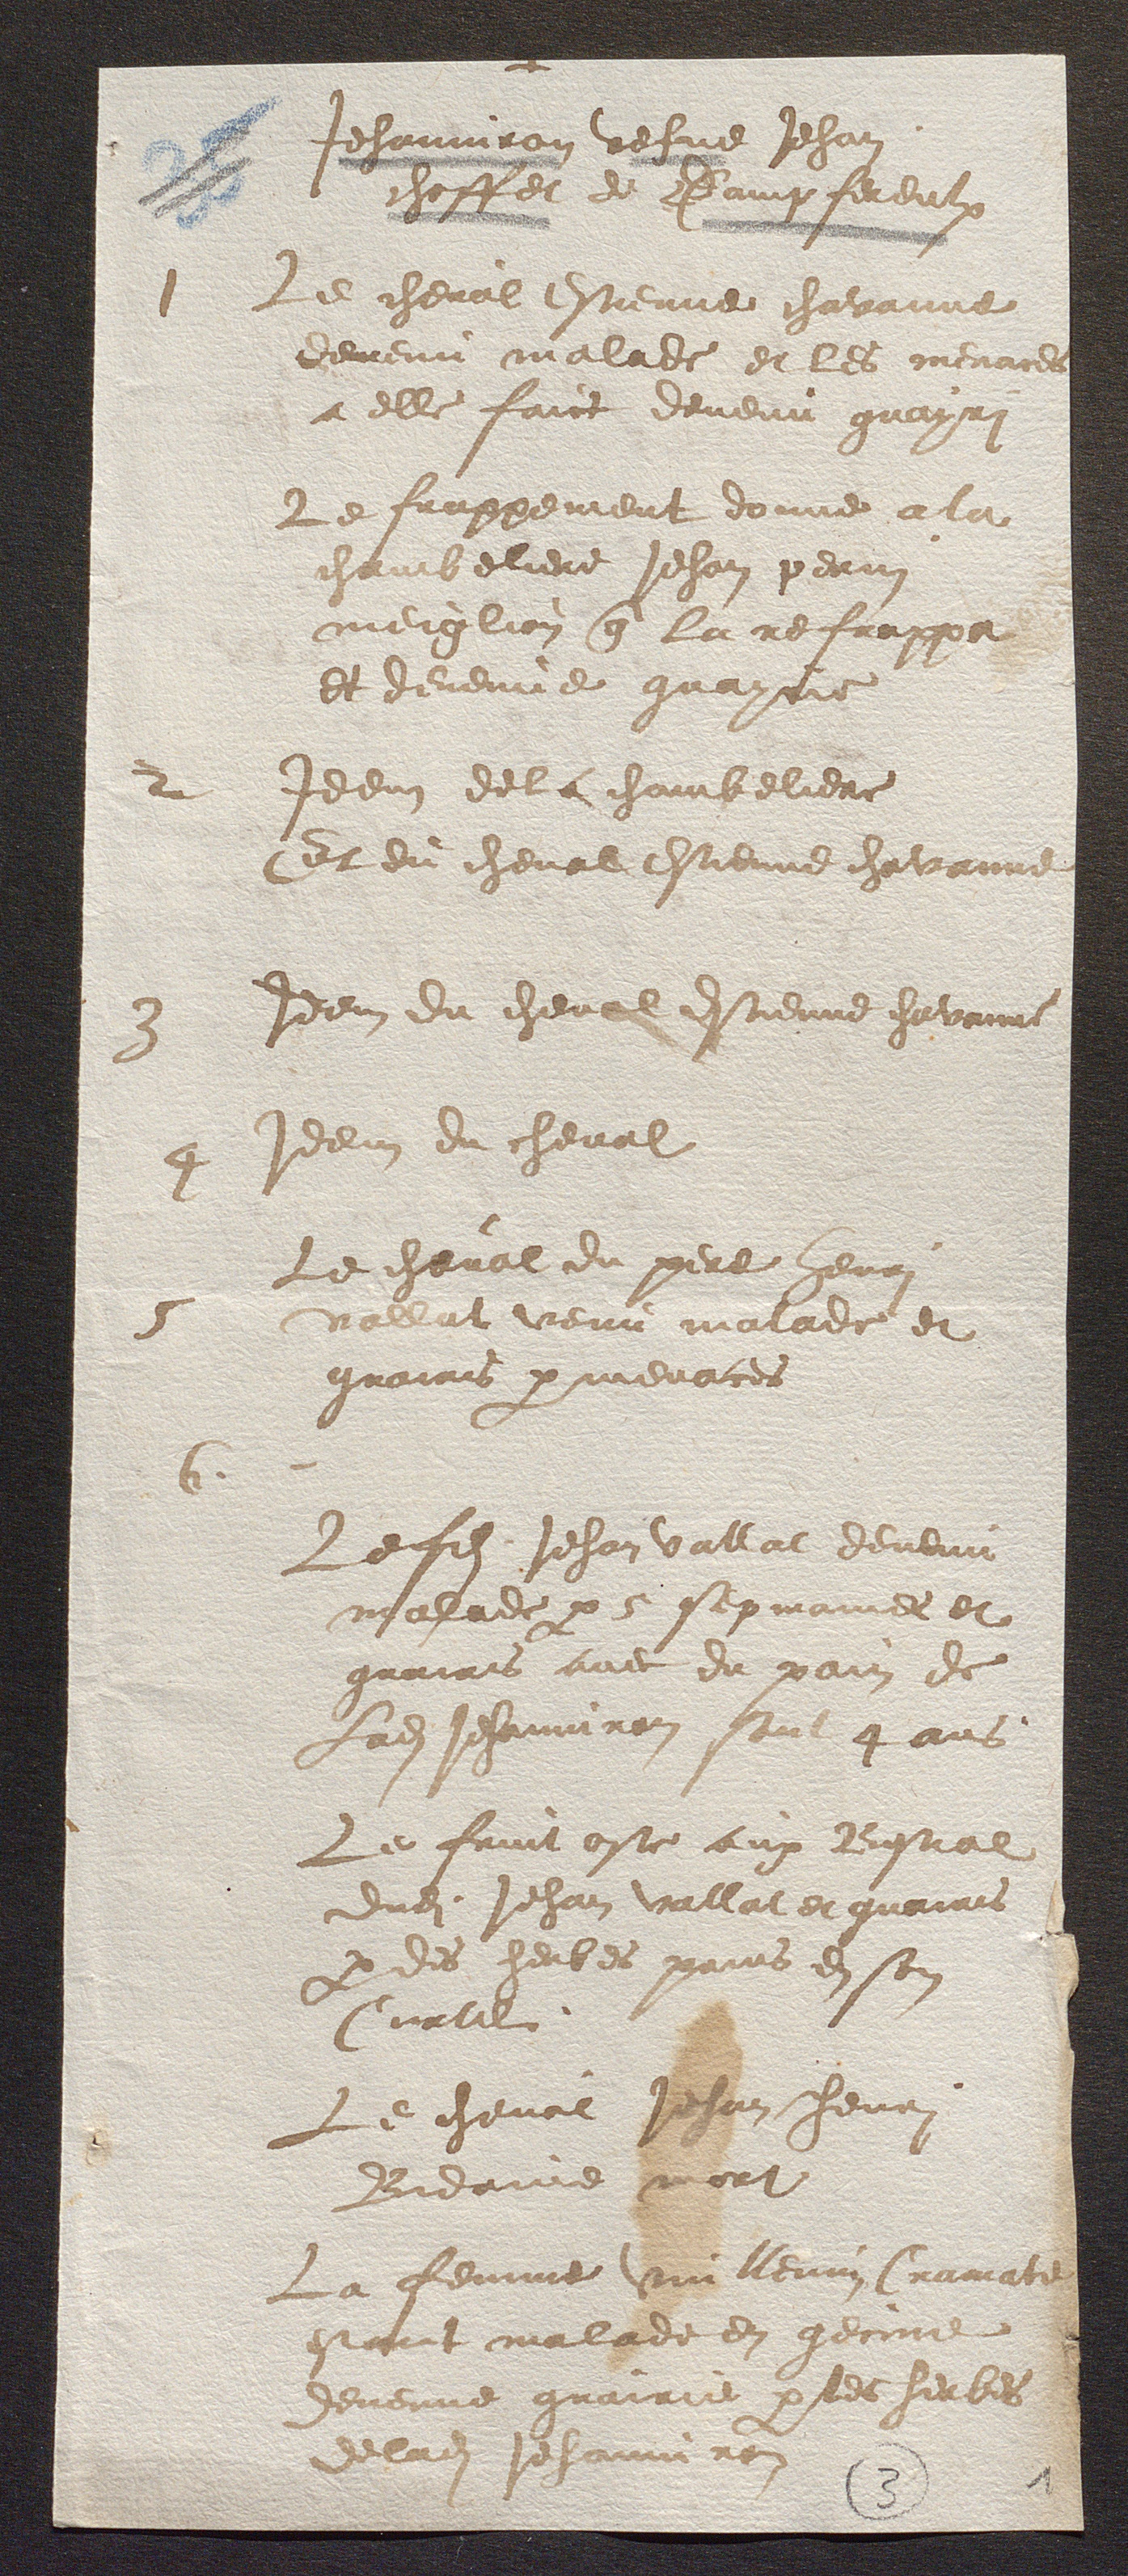
Jehanniron vefve Jehan
choffet de Dampfereulx
1
Le cheval Estienne chavanne
devenu malade et les menaces
a elle faict devenu guayri
Le frappement donne a la
chambeliere Jehan perrin
meiglion q la refrappa
Et devenue guayrie
Idem dela chambeliere
2
Et du cheval Estienne chavanne
3
Idem du cheval Estienne Chavanne
Idem du cheval

Le cheval du père Henri

vallat venu malade et
guairis p menaces
Lefils Jehan vallat devenu

malade p 5 sepmaines et
guairis avec du pain de
Lad Jehanniron sont 4 ans
Le fruit oste aux Bestial
dudi Jehan vallat et guairis
p des herbes prins en son
Curtil.
Le cheval Jehan Henri
Bidaine mort
La femme Vuillemin Cramate
estant malade en gecine
devenue guairie p les herbes
delad Jehanniron